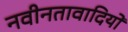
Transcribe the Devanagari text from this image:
नवीनतावादियों